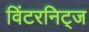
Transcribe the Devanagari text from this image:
विंटरनिट्ज